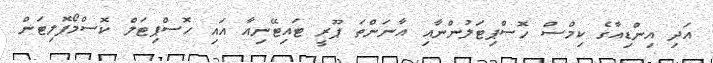
އަދި އިންޑިއާގެ ކިމްސް ހޮސްޕިޓަލުންނާއި އާނަންތަ ޕޫރީ ޓައިޓޭނިއާ އައި ހޮސްޕިޓަލް ކޮސްމޯޕޮލިޓަން